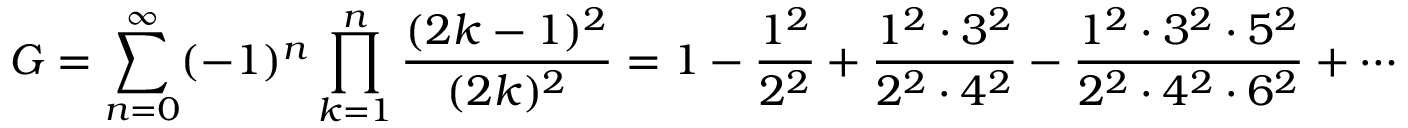
G = \sum _ { n = 0 } ^ { \infty } ( - 1 ) ^ { n } \prod _ { k = 1 } ^ { n } { \frac { ( 2 k - 1 ) ^ { 2 } } { ( 2 k ) ^ { 2 } } } = 1 - { \frac { 1 ^ { 2 } } { 2 ^ { 2 } } } + { \frac { 1 ^ { 2 } \cdot 3 ^ { 2 } } { 2 ^ { 2 } \cdot 4 ^ { 2 } } } - { \frac { 1 ^ { 2 } \cdot 3 ^ { 2 } \cdot 5 ^ { 2 } } { 2 ^ { 2 } \cdot 4 ^ { 2 } \cdot 6 ^ { 2 } } } + \cdots